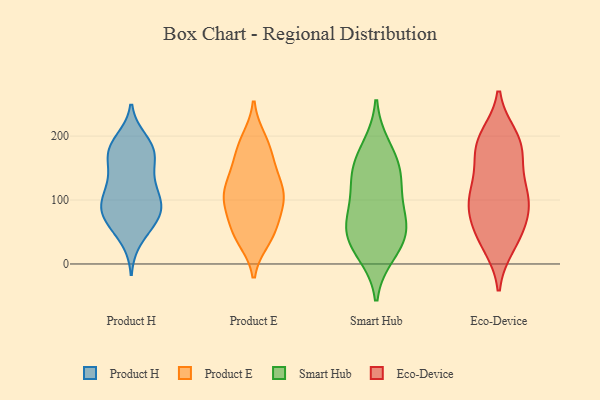
{"axis": {"x": "Page Views", "y": "Value"}, "legend": ["Eco-Device", "Product E", "Product H", "Smart Hub"], "data": [{"x": "", "y": 105, "type": "Product H"}, {"x": "", "y": 54, "type": "Product H"}, {"x": "", "y": 193, "type": "Product H"}, {"x": "", "y": 145, "type": "Product H"}, {"x": "", "y": 72, "type": "Product H"}, {"x": "", "y": 76, "type": "Product H"}, {"x": "", "y": 82, "type": "Product H"}, {"x": "", "y": 177, "type": "Product H"}, {"x": "", "y": 119, "type": "Product H"}, {"x": "", "y": 118, "type": "Product H"}, {"x": "", "y": 177, "type": "Product H"}, {"x": "", "y": 85, "type": "Product H"}, {"x": "", "y": 77, "type": "Product H"}, {"x": "", "y": 179, "type": "Product H"}, {"x": "", "y": 181, "type": "Product H"}, {"x": "", "y": 105, "type": "Product H"}, {"x": "", "y": 86, "type": "Product H"}, {"x": "", "y": 143, "type": "Product H"}, {"x": "", "y": 173, "type": "Product H"}, {"x": "", "y": 39, "type": "Product H"}, {"x": "", "y": 48, "type": "Product E"}, {"x": "", "y": 182, "type": "Product E"}, {"x": "", "y": 71, "type": "Product E"}, {"x": "", "y": 147, "type": "Product E"}, {"x": "", "y": 49, "type": "Product E"}, {"x": "", "y": 153, "type": "Product E"}, {"x": "", "y": 115, "type": "Product E"}, {"x": "", "y": 97, "type": "Product E"}, {"x": "", "y": 107, "type": "Product E"}, {"x": "", "y": 135, "type": "Product E"}, {"x": "", "y": 102, "type": "Product E"}, {"x": "", "y": 105, "type": "Product E"}, {"x": "", "y": 39, "type": "Product E"}, {"x": "", "y": 101, "type": "Product E"}, {"x": "", "y": 47, "type": "Product E"}, {"x": "", "y": 185, "type": "Product E"}, {"x": "", "y": 194, "type": "Product E"}, {"x": "", "y": 95, "type": "Smart Hub"}, {"x": "", "y": 18, "type": "Smart Hub"}, {"x": "", "y": 63, "type": "Smart Hub"}, {"x": "", "y": 62, "type": "Smart Hub"}, {"x": "", "y": 33, "type": "Smart Hub"}, {"x": "", "y": 181, "type": "Smart Hub"}, {"x": "", "y": 47, "type": "Smart Hub"}, {"x": "", "y": 132, "type": "Smart Hub"}, {"x": "", "y": 155, "type": "Smart Hub"}, {"x": "", "y": 138, "type": "Smart Hub"}, {"x": "", "y": 66, "type": "Eco-Device"}, {"x": "", "y": 188, "type": "Eco-Device"}, {"x": "", "y": 179, "type": "Eco-Device"}, {"x": "", "y": 191, "type": "Eco-Device"}, {"x": "", "y": 169, "type": "Eco-Device"}, {"x": "", "y": 198, "type": "Eco-Device"}, {"x": "", "y": 93, "type": "Eco-Device"}, {"x": "", "y": 114, "type": "Eco-Device"}, {"x": "", "y": 90, "type": "Eco-Device"}, {"x": "", "y": 39, "type": "Eco-Device"}, {"x": "", "y": 129, "type": "Eco-Device"}, {"x": "", "y": 110, "type": "Eco-Device"}, {"x": "", "y": 30, "type": "Eco-Device"}, {"x": "", "y": 90, "type": "Eco-Device"}, {"x": "", "y": 45, "type": "Eco-Device"}]}